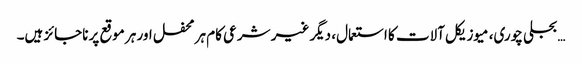
… بجلی چوری، میوزیکل آلات کا استعمال، دیگر غیر شرعی کام ہر محفل اور ہر موقع پر ناجائز ہیں۔